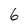
Character: 6